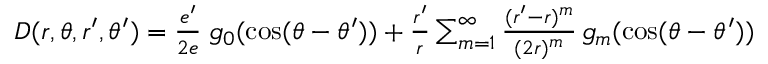
\begin{array} { r } { D ( r , \theta , r ^ { \prime } , \theta ^ { \prime } ) = { \frac { e ^ { \prime } } { 2 e } } \; g _ { 0 } ( \cos ( \theta - \theta ^ { \prime } ) ) + { \frac { r ^ { \prime } } { r } } \sum _ { m = 1 } ^ { \infty } { \frac { ( r ^ { \prime } - r ) ^ { m } } { ( 2 r ) ^ { m } } } \, g _ { m } ( \cos ( \theta - \theta ^ { \prime } ) ) } \end{array}